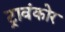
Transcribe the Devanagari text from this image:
ट्रावंकोर